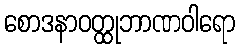
စောဒနာဝတ္ထုဘာဏဝါရော